Annual report of the Civil Veterinary Department, Bengal, for the year 1897-98 - 1897-1898
Year: 1897
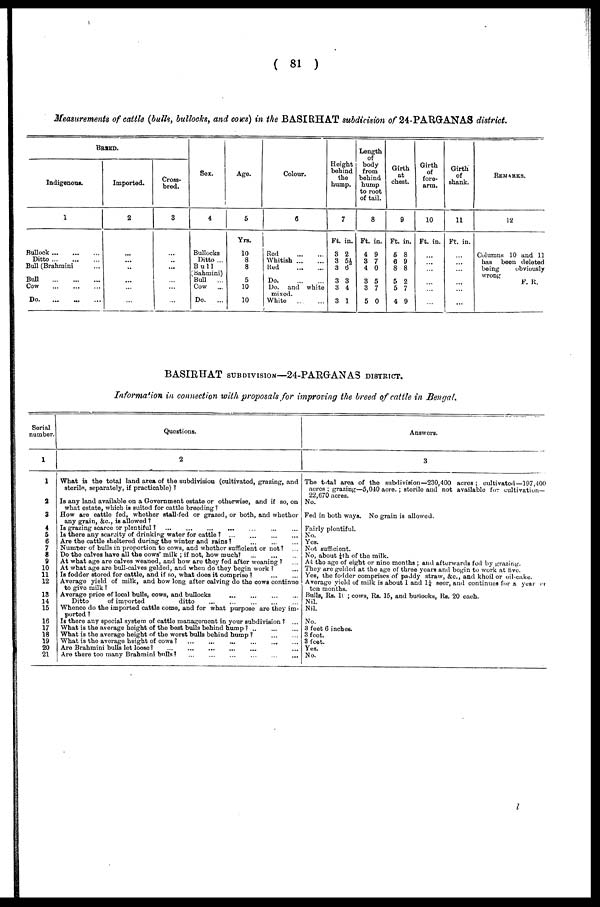
( 81 )
Measurements of cattle (bulls, bullocks, and COWS) in the BASIRHAT subdivision of 24-PARGKANAS district.
BREED.
Indigenous.
1
Bullock
...
...
...
Ditto
...
...
...
Bull (Brahraini ...
Bull
...
...
...
Cow
...
...
...
Do ... ... ...
Imported.
2
...
...
...
...
...
...
Cross-
bred.
3
...
...
...
...
...
...
Sex.
4
Bullocks
Ditto ...
Bull
Bahmini)
Bull
...
Cow ...
Do.
...
Age.
5
Yrs.
10
8
8
5
10
10
Colour.
6
Red
...
...
Whitish
...
...
Red
...
...
Do ... ...
Do. and white
mixed.
White
...
...
Height
behind
the
hump.
7
Ft.
3
3
3
3
3
3
in.
2
5½
6
3
4
1
Lenght
of
body
from
behind
hump
to root
of tail.
8
Ft.
4
3
4
3
3
5
in.
9
7
0
5
7
0
Girth
at
chest.
9
Ft.
5
6
8
5
5
4
in.
8
9
8
2
7
9
Girth
of
fore-
arm.
10
Ft. in.
...
...
...
...
...
...
Girth
of
shank.
11
Ft. in.
...
...
...
...
...
...
REMARKS.
12
Columns 10 and 11
has been deleted
being
obviously
wrong
F. R.
BASIRUAT SUBDIVISION—24-PARGANAS DISTRICT.
Information in connection with proposals for improving the breed of cattle in Bengal.
Serial
number.
1
1
a
3
4
5
6
7
9
10
11
12
18
14
15
16
17
18
19
20
21
Questions.
2
What is the total land area of the subdivision (cultivated, grazing, and
sterile, separately, if practicable) ?
Is any land available on a Government estate or otherwise, and if so, on
what estate, which is suited for cattle breeding?
How are cattle fed, whether stall-fed or grazed, or both, and whether
any grain, &c, is allowed ?
Is grazing scarce or plentiful? ... ... ... ... ... ... ... ...
Is there any scarcity of drinking water for cattle ?
...
...
...
...
Are the cattle sheltered during the winter and rains? ... ... ...
Number of bulls in proportion to cows, and whether sufficient or not? ...
Do the calves have all the cows' milk ; if not, how much? ... ... ...
At what ago are calves weaned, and how are they fed after weaning ?
...
At what age are bull-calves gelded, and when do they begin work ? ...
Is fodder stored for cattle, and if so, what does it comprise ? ... ...
Average yield of milk, and how long after calving do the cows continue
to give milk ?
Average price of local bulls, cows, and bullocks ... ... ... ...
Ditto
of imported
ditto ... ... ... ... ...
Whence do the imported cattle come, and for what purpose are they im-
ported ?
Is there any special system of cattle management in your subdivision ? ...
What is the average height of the best bulls behind hump ? ... ...
What is the average height of the worst bulls behind hump ? ... ...
What is the average height of cows ? ... ... ... ... ... ...
Are Brahmini bulls let loose? ... ... ... ... ... ...
Are there too many Brahmini bulls? ... ... ... ... ... ...
Answers.
3
The total area of the subdivision— 230,400 acres ; cultivated—197,400
acres; grazing—5,040 acre. ; sterilo and not available for cultivation —
22,670 acres.
No.
Fed in both ways. No grain is allowed.
Fairly plentiful.
No.
Yes.
Not sufficient.
No, about ¼ th of the milk.
At the age of eight or nine months ; and afterwards fed by grazing.
They are gelded at the age of three years and begin to work at five.
Yes, the fodder comprises of paddy straw, &c., and khoil or oil-cake.
Average yield of milk is about 1 and 1¼ seor, and continues for a year
ten months.
Bulls, Rs. 1(; cows, Rs. 15, and bullocks, Rs. 20 each.
Nil.
Nil.
No.
3 feet 6 inches.
3 feet.
3 feet.
Yes.
No.